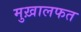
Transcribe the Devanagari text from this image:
मुख़ालफत